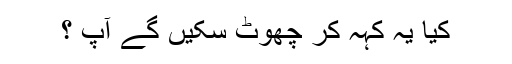
کیا یہ کہہ کر چھوٹ سکیں گے آپ ؟